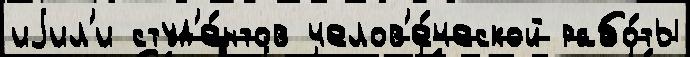
иjил'и студ'е́нтов челов'е́ческой рабо́ты